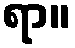
ရာ။